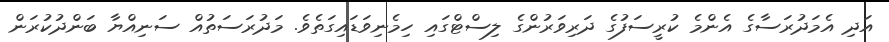
އަދި އެމަދުރަސާގެ އެންމެ ކުރީސަފުގެ ދަރިވަރުންގެ ލިސްޓްގައި ހިމެނިވަޑައިގަތެވެ. މަދުރަސަތުއް ސަނިއްޔާ ބަންދުކުރަން